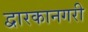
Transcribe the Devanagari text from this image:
द्वारकानगरी